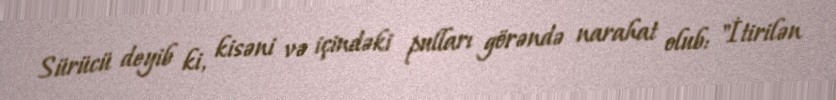
Sürücü deyib ki, kisəni və içindəki pulları görəndə narahat olub: "İtirilən